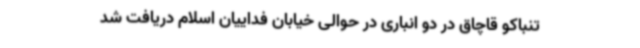
تنباکو قاچاق در دو انباری در حوالی خیابان فداییان اسلام دریافت شد